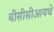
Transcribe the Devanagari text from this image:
बीसीसीआयचे